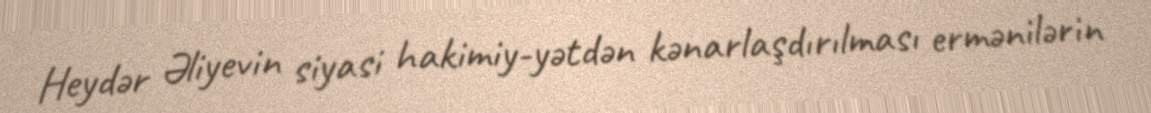
Heydər Əliyevin siyasi hakimiy­yətdən kənarlaşdırılması ermənilərin